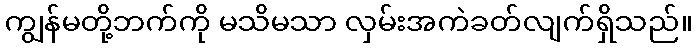
ကျွန်မတို့ဘက်ကို မသိမသာ လှမ်းအကဲခတ်လျက်ရှိသည်။